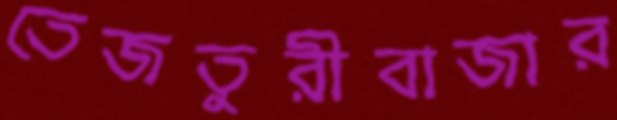
তেজতুরীবাজার